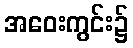
အဝေးကွင်း၌